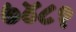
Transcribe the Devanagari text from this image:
७४८१